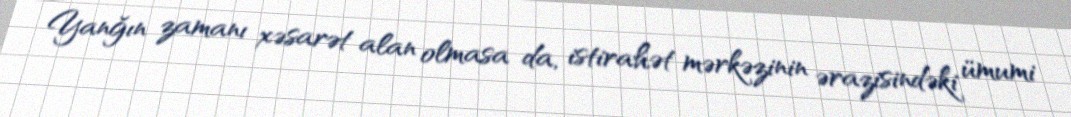
Yanğın zamanı xəsarət alan olmasa da, istirahət mərkəzinin ərazisindəki ümumi